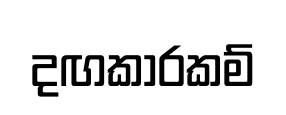
දඟකාරකම්